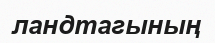
ландтагының